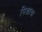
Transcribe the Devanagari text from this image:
पिशाचः